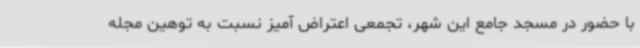
با حضور در مسجد جامع این شهر، تجمعی اعتراض آمیز نسبت به توهین مجله